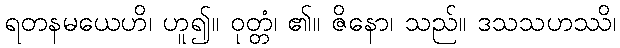
ရတနမယေဟိ၊ ဟူ၍။ ဝုတ္တံ၊ ၏။ ဇိနော၊ သည်။ ဒသသဟဿိ၊